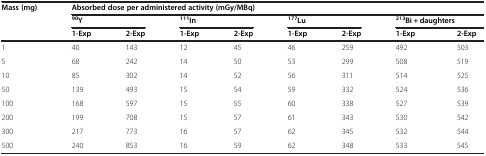
<table><thead><tr><td rowspan="3"><b>Mass (mg)</b></td><td colspan="8"><b>Absorbed dose per administered activity (mGy/MBq)</b></td></tr><tr><td colspan="2"><b><sup>90</sup>Y</b></td><td colspan="2"><b><sup>111</sup>In</b></td><td colspan="2"><b><sup>177</sup>Lu</b></td><td colspan="2"><b><sup>213</sup>Bi + daughters</b></td></tr><tr><td><b>1-Exp</b></td><td><b>2-Exp</b></td><td><b>1-Exp</b></td><td><b>2-Exp</b></td><td><b>1-Exp</b></td><td><b>2-Exp</b></td><td><b>1-Exp</b></td><td><b>2-Exp</b></td></tr></thead><tbody><tr><td>1</td><td>40</td><td>143</td><td>12</td><td>45</td><td>46</td><td>259</td><td>492</td><td>503</td></tr><tr><td>5</td><td>68</td><td>242</td><td>14</td><td>50</td><td>53</td><td>299</td><td>508</td><td>519</td></tr><tr><td>10</td><td>85</td><td>302</td><td>14</td><td>52</td><td>56</td><td>311</td><td>514</td><td>525</td></tr><tr><td>50</td><td>139</td><td>493</td><td>15</td><td>54</td><td>59</td><td>332</td><td>524</td><td>536</td></tr><tr><td>100</td><td>168</td><td>597</td><td>15</td><td>55</td><td>60</td><td>338</td><td>527</td><td>539</td></tr><tr><td>200</td><td>199</td><td>708</td><td>15</td><td>57</td><td>61</td><td>343</td><td>530</td><td>542</td></tr><tr><td>300</td><td>217</td><td>773</td><td>16</td><td>57</td><td>62</td><td>345</td><td>532</td><td>544</td></tr><tr><td>500</td><td>240</td><td>853</td><td>16</td><td>59</td><td>62</td><td>348</td><td>533</td><td>545</td></tr></tbody></table>